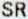
SR